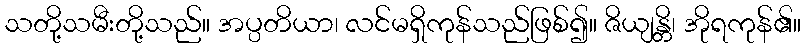
သတို့သမီးတို့သည်။ အပ္ပတိယာ၊ လင်မရှိကုန်သည်ဖြစ်၍။ ဇိယျန္တိ၊ အိုရကုန်၏။